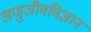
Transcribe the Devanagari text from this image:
अणुजीवविज्ञान